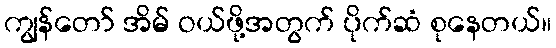
ကျွန်တော် အိမ် ဝယ်ဖို့အတွက် ပိုက်ဆံ စုနေတယ်။